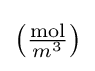
\left({\tfrac {\mathrm {mol} }{m^{3}}}\right)